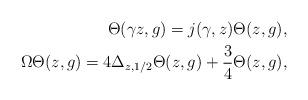
LaTeX: \begin{align*}\Theta(\gamma z,g)=j(\gamma,z)\Theta( z,g),\\\Omega \Theta(z,g)=4\Delta_{z,1/2}\Theta(z,g)+\frac{3}{4}\Theta(z,g),\end{align*}